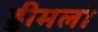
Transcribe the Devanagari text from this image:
ड्डीमलो